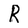
Character: R